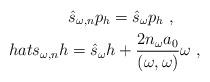
LaTeX: \begin{align*}\hat{s}_{\omega ,n}p_h=\hat{s}_\omega p_h\ ,\ \ \ \ \ \\hat{s}_{\omega ,n}h=\hat{s}_\omega h + \frac{2n_\omega a_0}{(\omega,\omega )}\omega \ ,\end{align*}